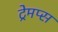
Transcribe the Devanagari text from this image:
ट्रेमप्स